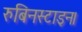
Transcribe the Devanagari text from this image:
रुबिनस्टाइन।